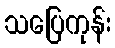
သပြေကုန်း